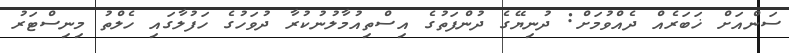
ސަންއަށް ޚަބަރެއް ދެއްވުމަށް: ދުނިޔޭގެ ދުންފަތުގެ އިސްތިއުމާލުނުކުރާ ދުވަހުގެ ހަފުލާގައި ހެލްތު މިނިސްޓަރު